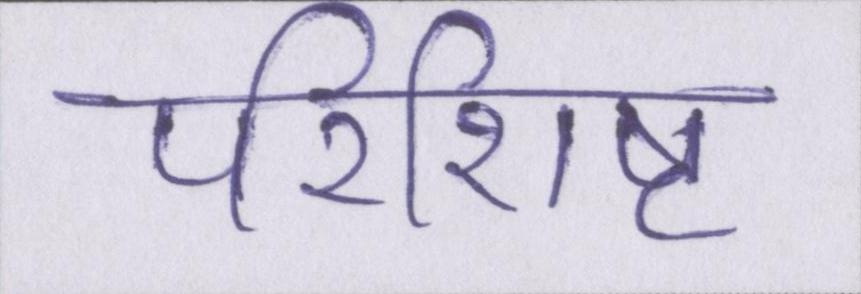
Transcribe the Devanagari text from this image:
परिशिष्ट